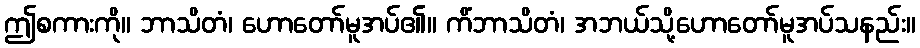
ဤစကားကို။ ဘာသိတံ၊ ဟောတော်မူအပ်၏။ ကိံဘာသိတံ၊ အဘယ်သို့ဟောတော်မူအပ်သနည်း။